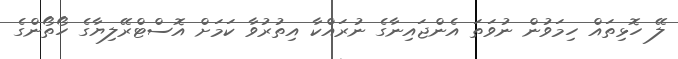
ލޭ ހޮޅިތައް ހިމަވުން ނުވަތަ އެންޖައިނާގެ ނުރައްކާ އިތުރުވާ ކަމަށް އޮސްޓްރޭލިޔާގެ ހޯތޯންގެ